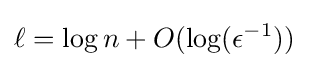
\ell =\log n+O(\log(\epsilon ^{-1}))